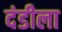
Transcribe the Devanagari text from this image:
दंडीला